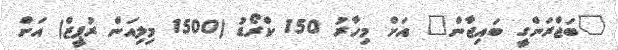
"ބަޖްރަންގީ ބައިޖާން" އަށް މިހާރު 150 ކްރޯޑު (1500 މިލިއަން ރުޕީޒް) އަށް